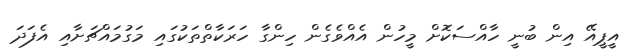
އީޕީއޭ އިން ބުނީ ހާއްސަކޮށް މީހުން އެއްވެގެން ހިންގާ ހަރަކާތްތަކުގައި މަގުމައްޗަށާއި އެފަދަ